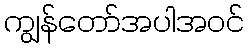
ကျွန်တော်အပါအဝင်